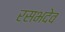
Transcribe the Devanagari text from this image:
रसभदेव